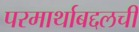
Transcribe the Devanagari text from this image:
परमार्थाबद्दलची